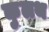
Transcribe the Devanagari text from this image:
कुलथ